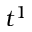
t ^ { 1 }